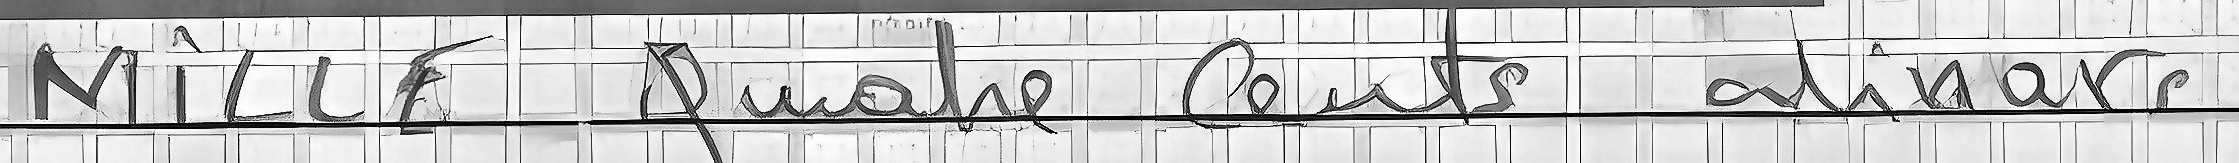
MILLE Quatre cents dinars